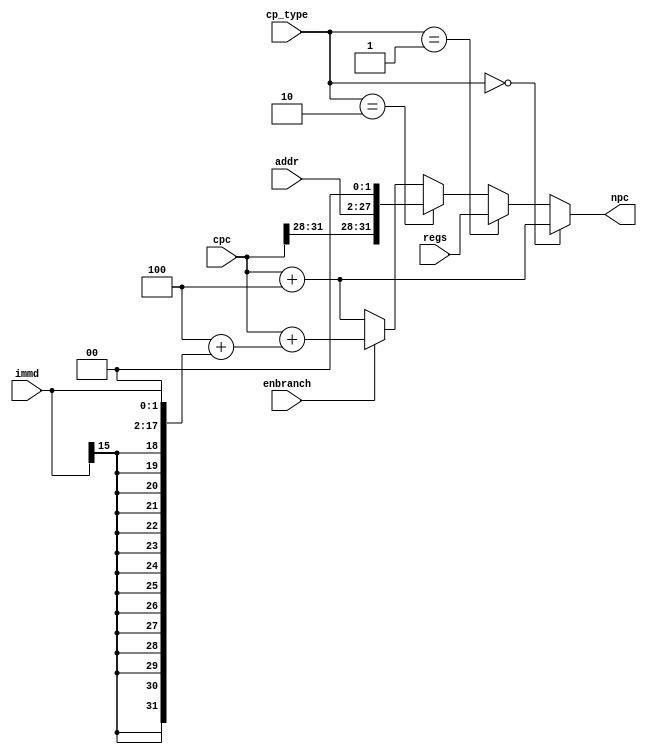
`timescale 1ns / 100ps
`default_nettype none

module pc_incrementer(
    input wire [31:0] cpc,
    input wire [31:0] regs,
    input wire [15:0] immd,
    input wire [25:0] addr,
    input wire enbranch,
    
    input wire [1:0] cp_type,
    
    output wire [31:0] npc);
    
    wire [31:0] a = 32'd4 + {{14{immd[15]}}, immd, 2'b0};

   // np_type : 00->default 01->jr,ret 10->j,jal 11->beq,bne 

    assign npc = cp_type == 2'b00 ? cpc + 32'd4 :
    	cp_type == 2'b01 ? regs :
    	cp_type == 2'b10 ? {cpc[31:28], addr, 2'b0} : 
      enbranch == 1'b1 ? cpc + a : cpc + 32'd4;
endmodule 

`default_nettype wire